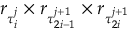
r _ { \tau _ { i } ^ { j } } \times r _ { \tau _ { 2 i - 1 } ^ { j + 1 } } \times r _ { \tau _ { 2 i } ^ { j + 1 } }